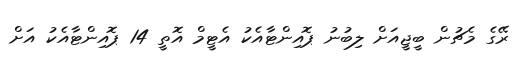
ރޭގެ މެޗުން ބީޖީއަށް ލިބުނު ޕޮއިންޓާއެކު އެޓީމް އޮތީ 14 ޕޮއިންޓާއެކު އަށް